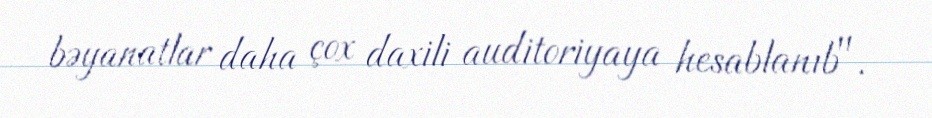
bəyanatlar daha çox daxili auditoriyaya hesablanıb".